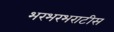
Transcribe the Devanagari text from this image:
भरभरभराटीस